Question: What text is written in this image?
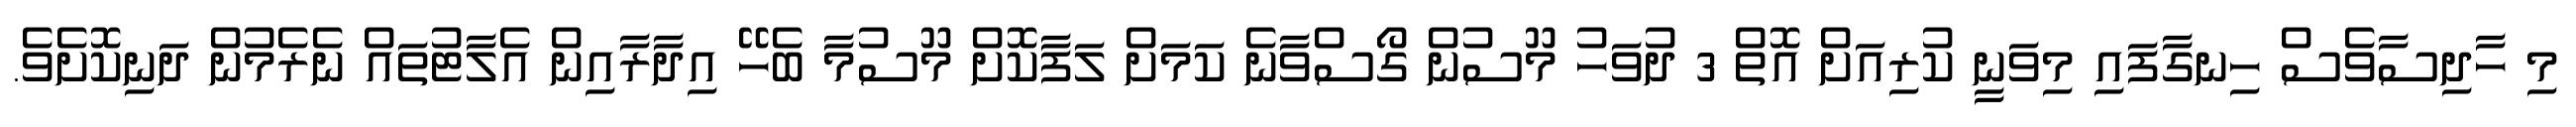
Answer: މި ހާދިސާވެސް ހިނގާފައި މިވަނީ ކުރިއަށް އޮތް 3 ދުވަހު މޫސުން ގޯސްވާނެ ކަމަށް ލަފާކޮށް މޫސުމާ ބެހޭ އިދާރާއިން އެލާޓުތައް ނެރެމުން ދަނިކޮށެވެ.